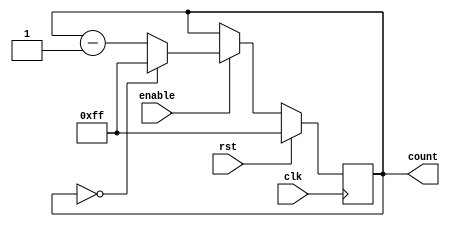
module binary_down_counter_with_enable (
    input wire clk,     // clock input
    input wire rst,     // reset signal
    input wire enable,  // enable signal
    output reg [7:0] count // output count value
);

reg [7:0] next_count;

always @(posedge clk) begin
    if (rst) begin
        count <= 8'b11111111; // initialize counter to maximum value
    end else begin
        if (enable) begin
            count <= next_count; // update count value
        end
    end
end

always @* begin
    if (count == 8'b00000000) begin
        next_count <= 8'b11111111; // set next_count to maximum value when count reaches zero
    end else begin
        next_count <= count - 1; // decrement count by 1
    end
end

endmodule